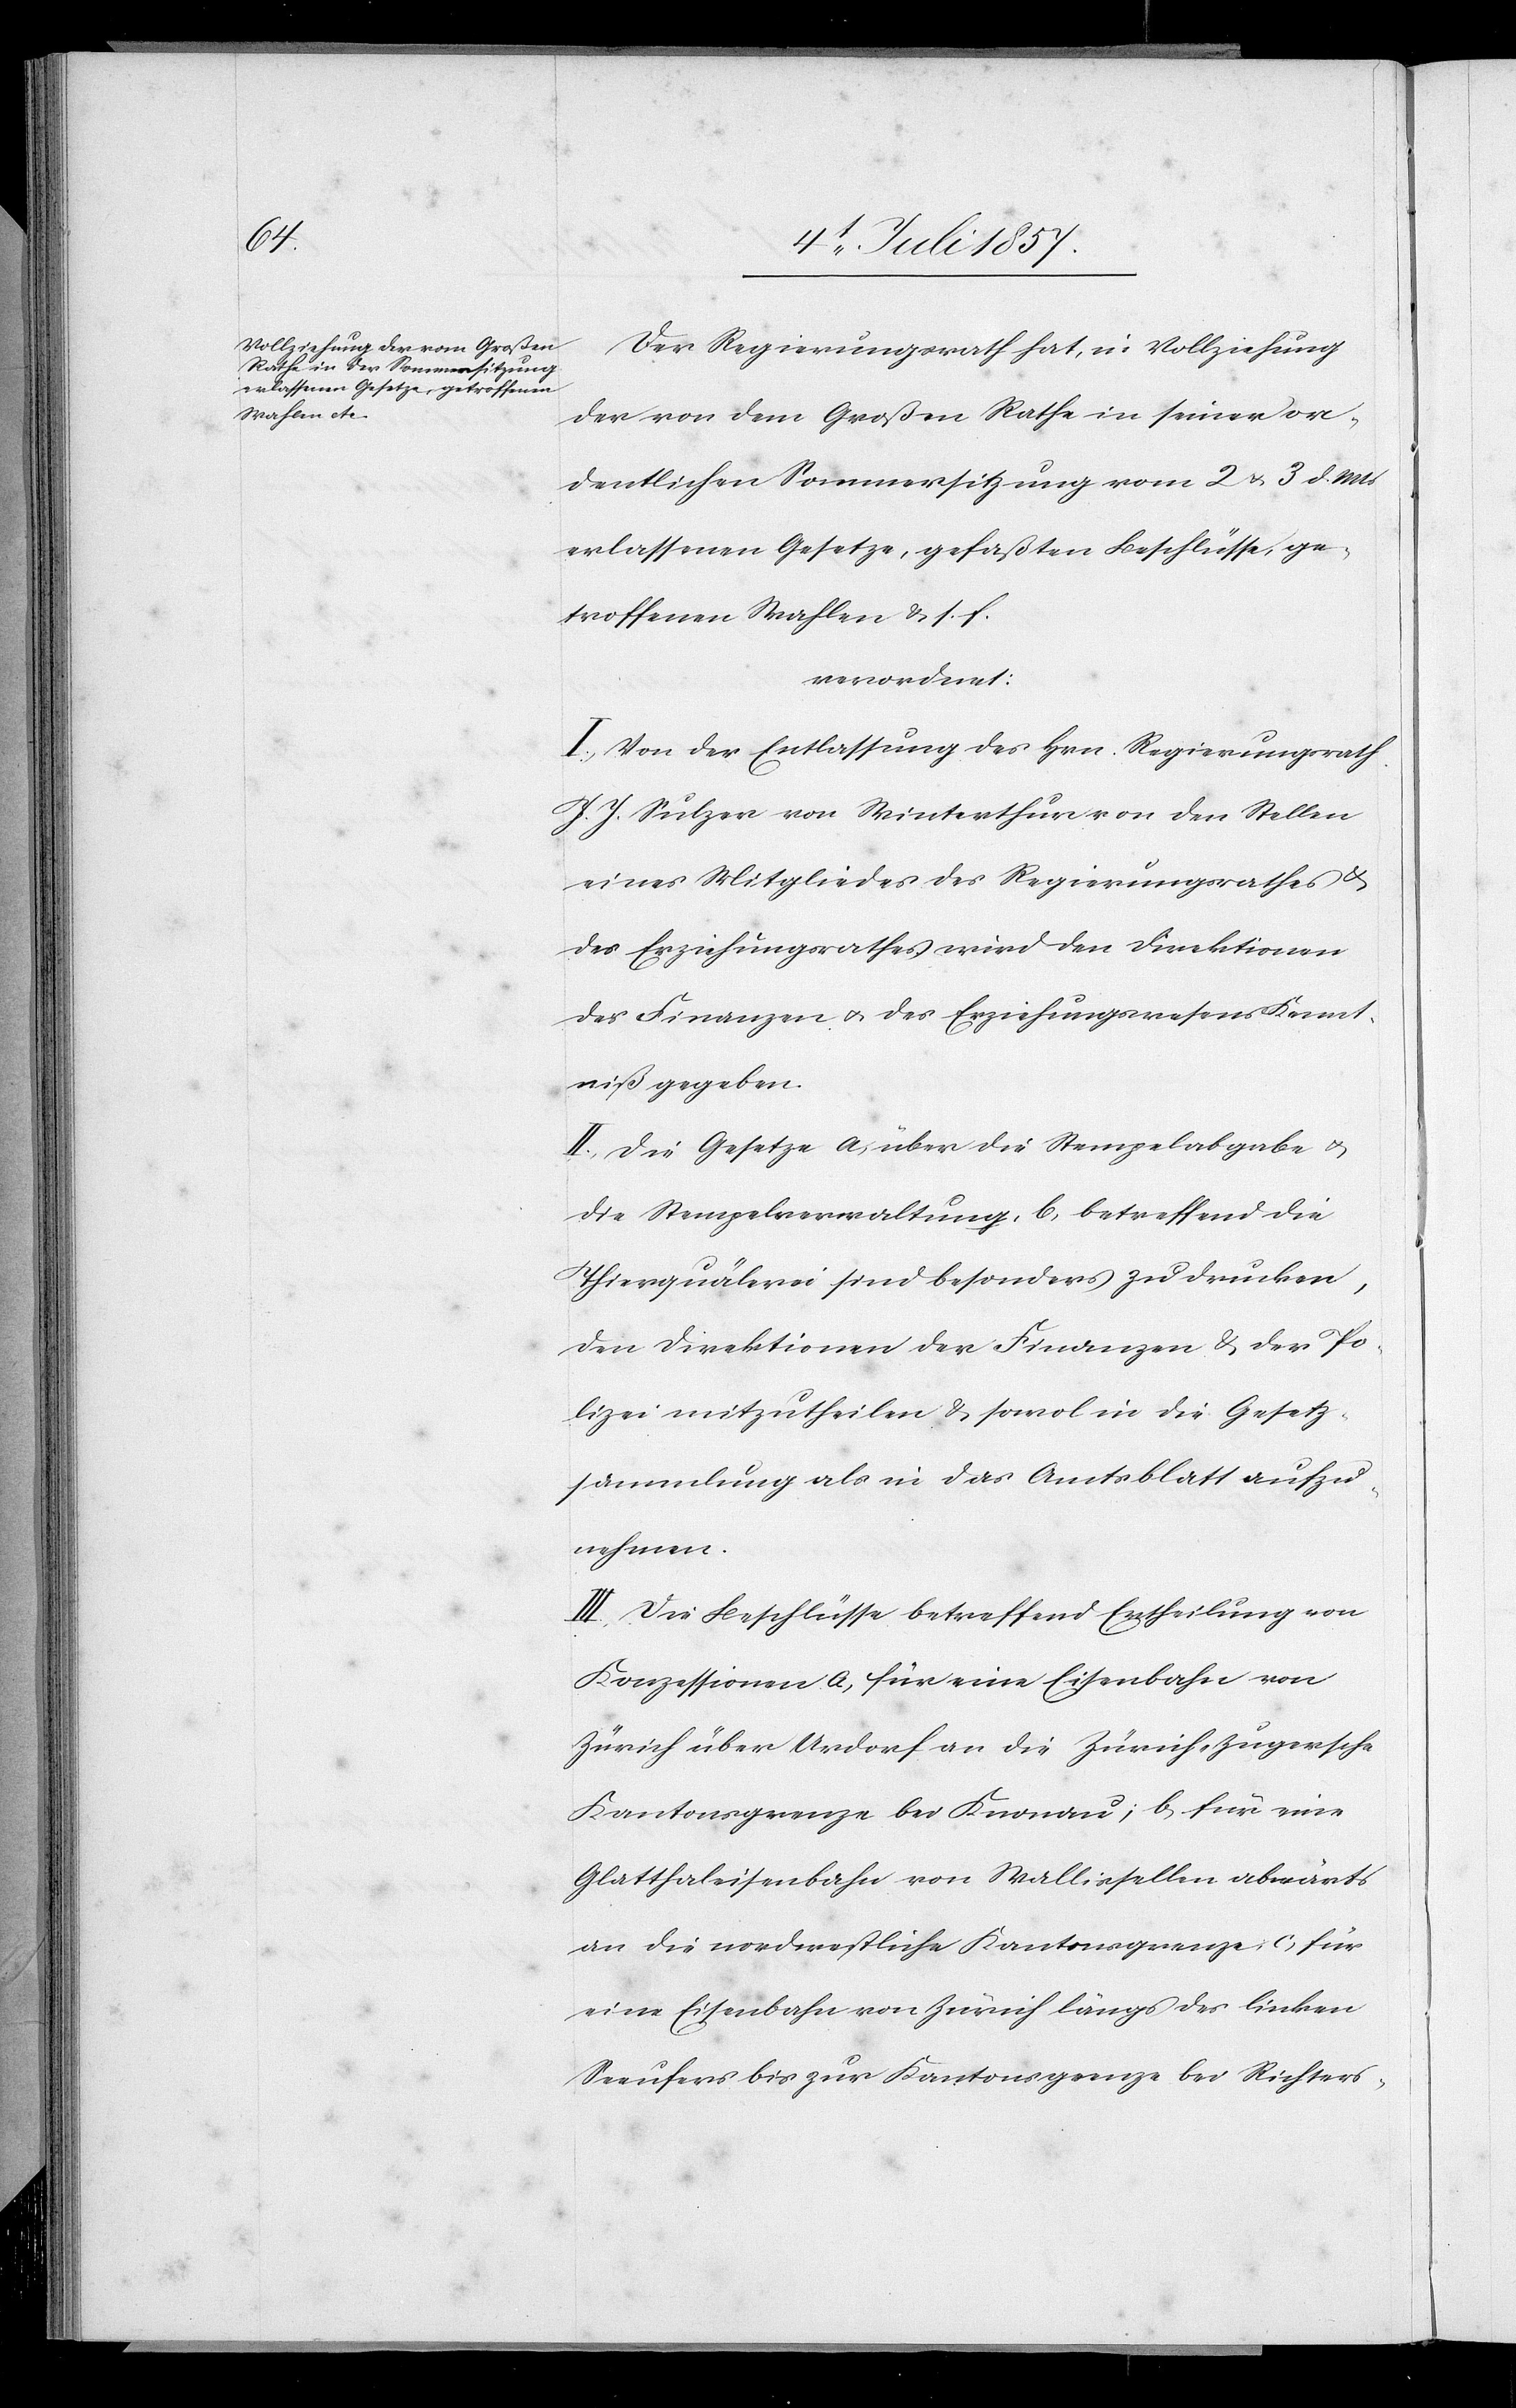
Der Regierungsrath hat, in Vollziehung
der von dem Großen Rathe in seiner or¬
dentlichen Sommersitzung vom 2 & 3 d. Mts.
erlassenen Gesetze, gefaßten Beschlüsse, ge¬
troffenen Wahlen &. s. f.
verordnet:
I. Von der Entlassung des Hrn. Regierungsrath
J. J. Sulzer von Winterthur von den Stellen
eines Mitgliedes des Regierungsrathes &
des Erziehungsrathes wird den Direktionen
der Finanzen & des Erziehungswesens Kennt¬
niß gegeben.
II. Die Gesetze a) über die Stempelabgabe &
die Stempelverwaltung, b) betreffend die
Thierquälerei sind besonders zu drucken,
den Direktionen der Finanzen & der Po¬
lizei mitzutheilen & sowol in die Gesetz¬
sammlung als in das Amtsblatt aufzu¬
nehmen.
III. Die Beschlüsse betreffend Ertheilung von
Konzessionen a) für eine Eisenbahn von
Zürich über Urdorf an die Zürich-Zugersche
Kantonsgrenze bei Knonau, b) für eine
Glatthalbahn von Wallisellen abwärts
an die nordwestliche Kantonsgrenze, c) für
eine Eisenbahn von Zürich längs des linken
Seeufers bis zur Kantonsgrenze bei Richters-